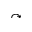
\curvearrowright